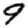
Digit: 9